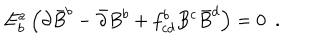
E _ { b } ^ { a } \left( \partial \bar { B } ^ { b } - \bar { \partial } B ^ { b } + f _ { c d } ^ { b } B ^ { c } \bar { B } ^ { d } \right) = 0 \, \, \, .